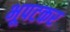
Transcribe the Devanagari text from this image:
भूपटकर